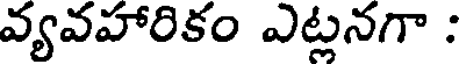
వ్యవహారికం ఎట్లనగా :